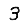
Digit: 3